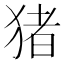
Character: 猪